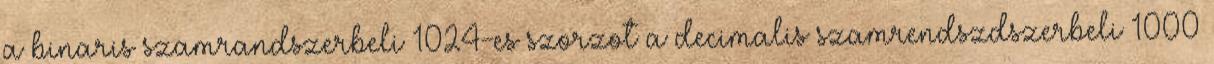
a binaris szamrandszerbeli 1024-es szorzot a decimalis szamrendszdszerbeli 1000